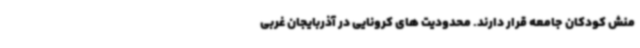
منش کودکان جامعه قرار دارند. محدودیت های کرونایی در آذربایجان غربی